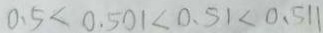
0 . 5 < 0 . 5 0 1 < 0 . 5 1 < 0 . 5 1 1